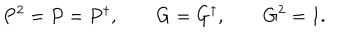
P ^ { 2 } = P = P ^ { \dagger } , \qquad G = G ^ { \dagger } , \qquad G ^ { 2 } = 1 .